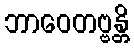
ဘာဝေတဗ္ဗန္တိ